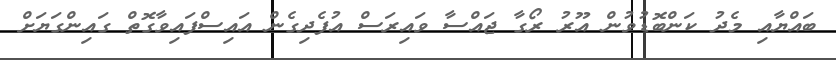
ބައްޔާއި މެދު ކަންބޮޑުވުން އޫރު ރޯގާ ޖައްސާ ވައިރަސް އުފެދިގެން އައިސްފައިވާގޮތް ގައިންގަޔަށް